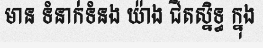
មាន ទំនាក់ទំនង យ៉ាង ជិតស្និទ្ធ ក្នុង